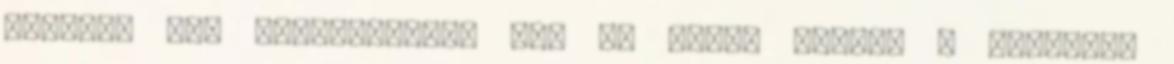
annyira nem vérszomjasak ott se Amint látod, a kérdéses